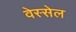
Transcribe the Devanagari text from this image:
वेस्सेल